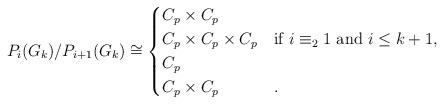
LaTeX: \begin{align*} P_i(G_k)/P_{i+1}(G_k) \cong \begin{cases} C_p \times C_p & \\ C_p \times C_p \times C_p & \text{if $i \equiv_2 1$ and $i \le k+1$,} \\ C_p & \\ C_p \times C_p & . \end{cases} \end{align*}